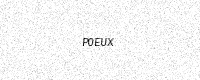
Text: P0EUX